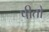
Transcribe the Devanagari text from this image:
पीतो